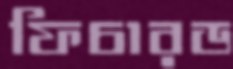
ফিচারড